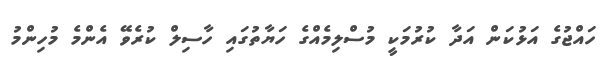
ހައްޖުގެ އަޅުކަން އަދާ ކުރުމަކީ މުސްލިމެއްގެ ހަޔާތުގައި ހާސިލް ކުރެވޭ އެންމެ މުހިންމު